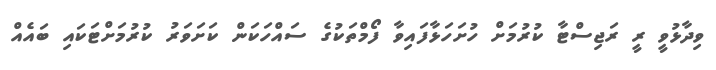
ވިދާޅުވީ ރީ ރަޖިސްޓާ ކުރުމަށް ހުށަހަޅާފައިވާ ފޯމްތަކުގެ ސައްހަކަން ކަށަވަރު ކުރުމަށްޓަކައި ބައެއް